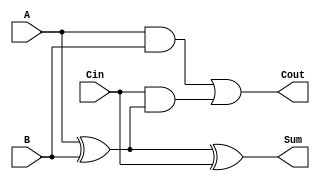
module low_power_full_adder (
    input wire A,      // First input bit
    input wire B,      // Second input bit
    input wire Cin,    // Carry input bit
    output wire Sum,   // Resultant sum bit
    output wire Cout   // Carry output bit
);

// Internal signals
wire AxorB;          // Intermediate signal for A XOR B
wire AandB;          // Intermediate signal for A AND B
wire CinAndAxorB;    // Intermediate signal for Cin AND (A XOR B)

// Calculate A XOR B
assign AxorB = A ^ B;

// Calculate Sum = A XOR B XOR Cin
assign Sum = AxorB ^ Cin;

// Calculate A AND B
assign AandB = A & B;

// Calculate Cout = (A AND B) OR (Cin AND (A XOR B))
assign CinAndAxorB = Cin & AxorB;
assign Cout = AandB | CinAndAxorB;

endmodule